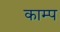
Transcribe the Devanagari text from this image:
काम्प